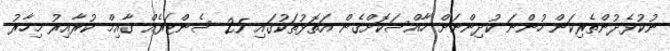
ނުކުޅެދުންތެރިކަން ހުންނަ ކުދިންނަށް ހާއްސަކޮށްގެން އަތޮޅުތަކުގައި 25 ސެންޓަރެއް ގާއިމް ކުރާއިރު މިހާރު